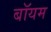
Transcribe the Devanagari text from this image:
बॉयम